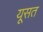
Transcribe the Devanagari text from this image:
यूसत